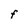
Character: f